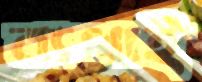
ব্যথাই